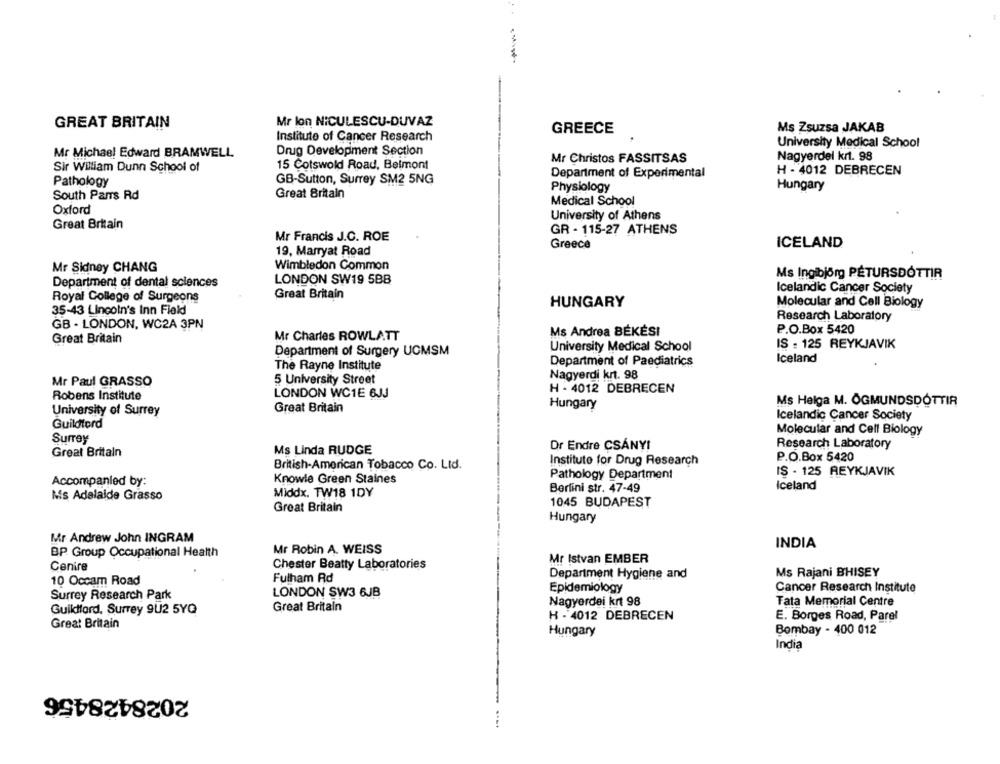
Mr lon NiCULESCU-DUVAZ
GREAT BRITAIN
GREECE
Ms Zsuzsa JAKAB
Institute of Cancer Research
University Medical School
Mr Michael Edward BRAMWELL
Drug Development Section
Mr Christos FASSITSAS
Nagyerdel krt. 98
Sir William Dunn School of
15 Cotswold Road, Belmont
Department of Experimental
H - 4012 DEBRECEN
Pathology
GB-Sutton, Surrey SM2 5NG
Physiology
Hungary
South Parrs Rd
Great Britain
Medical School
Oxford
University of Athens
Great Britain
Mr Francis J.C. ROE
GR - 115-27 ATHENS
Greece
ICELAND
19, Marryat Road
Mr Sidney CHANG
Wimbledon Common
Ms Ingibjörg PÉTURSDÓTTIR
Department of dental sciences
LONDON SW19 5BB
Icelandic Cancer Society
Royal College of Surgeons
Great Britain
HUNGARY
Molecular and Cell Biology
35-43 Lincoln's Inn Field
Research Laboratory
GB - LONDON, WC2A 3PN
Mr Charles ROWLATT
Ms Andrea BÉKÉSI
P.O.Box 5420
Great Britain
IS : 125 REYKJAVIK
Department of Surgery UCMSM
University Medical School
Iceland
The Rayne Institute
Department of Paediatrics
Mr Paul GRASSO
5 University Street
Nagyerdi krt. 98
H - 4012 DEBRECEN
Robens Institute
LONDON WC1E 6JJ
Hungary
Ms Helga M. ÖGMUNDSDÓTTIR
University of Surrey
Great Britain
Icelandic Cancer Society
Guildtord
Molecular and Cell Biology
Surrey
Research Laboratory
Ms Linda RUDGE
Dr Endre CSÁNY!
Great Britain
P.O.Box 5420
British-American Tobacco Co. Ltd.
Institute for Drug Research
IS - 125 REYKJAVIK
Accompanied by:
Knowle Green Staines
Pathology Department
Berlini str. 47-49
Iceland
Ms Adelaide Grasso
Middx. TW18 1DY
1045 BUDAPEST
Great Britain
Hungary
Mr Andrew John INGRAM
Mr Robin A. WEISS
INDIA
BP Group Occupational Health
Cenire
Chester Beatty Laboratories
Mr Istvan EMBER
Department Hygiene and
Ms Rajani BHISEY
Fulham Rd
10 Occam Road
Epidemiology
Cancer Research Institute
Surrey Research Park
LONDON SW3 6JB
Nagyerdei krt 98
Tata Memorial Centre
Guilford, Surrey 9U2 5YQ
Great Britain
H - 4012 DEBRECEN
E. Borges Road, Parel
Great Britain
Hungary
Bombay - 400 012
India
2028428456